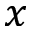
x